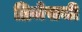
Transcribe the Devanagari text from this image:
ब्रिजेसची